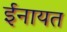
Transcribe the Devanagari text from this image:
ईनायत